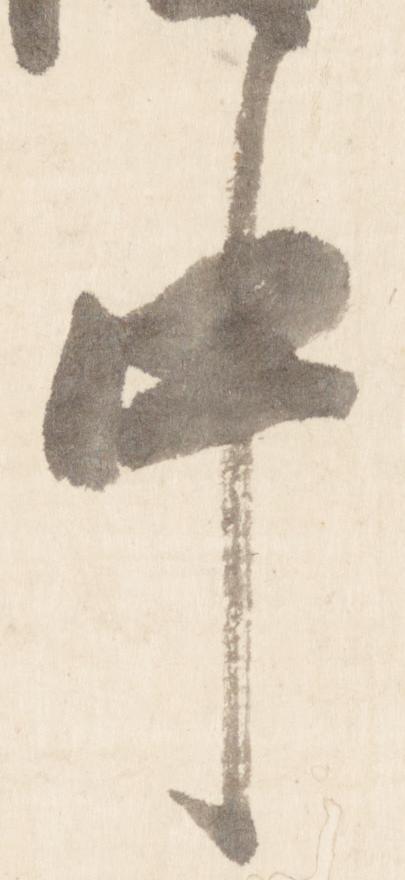
中